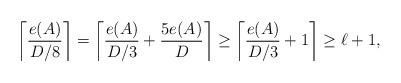
LaTeX: \begin{align*} \left\lceil \frac{e(A)}{D/8} \right\rceil = \left\lceil \frac{e(A)}{D/3} + \frac{5e(A)}{D} \right\rceil \geq \left\lceil \frac{e(A)}{D/3} + 1 \right\rceil \geq \ell +1,\end{align*}